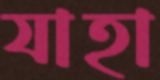
যাহা